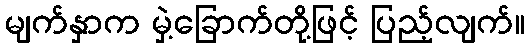
မျက်နှာက မှဲ့ခြောက်တို့ဖြင့် ပြည့်လျက်။